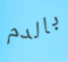
بالدم